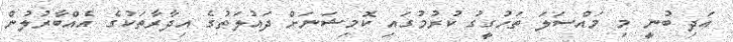
އަދި ބުނީ މި މައްސަލަ ތަހުގީގު ކުރުމުގައި ކޮމިޝަނަށް ދައުލަތުގެ އިދާރާތަކުގެ އެއްބާރުލުން